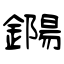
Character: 鐊